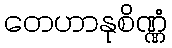
တေဟာနုစိဏ္ဏံ